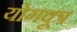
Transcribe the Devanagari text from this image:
योगवूत्र